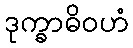
ဒုက္ခာဓိဝဟံ